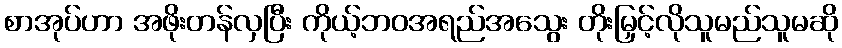
စာအုပ်ဟာ အဖိုးတန်လှပြီး ကိုယ့်ဘဝအရည်အသွေး တိုးမြှင့်လိုသူမည်သူမဆို